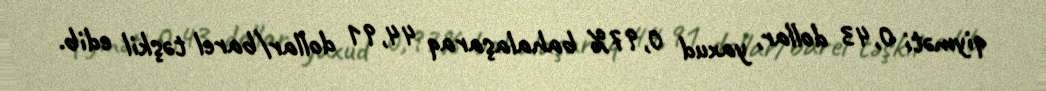
qiyməti 0,43 dollar, yaxud 0,97% bahalaşaraq 44,91 dollar/barel təşkil edib.